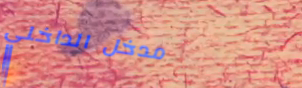
مدخل الداخلي